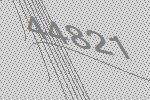
44821